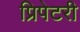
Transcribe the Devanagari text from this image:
प्रिपेटरी